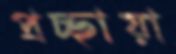
প্রচ্ছায়া